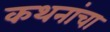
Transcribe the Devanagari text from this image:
कथनांचा